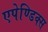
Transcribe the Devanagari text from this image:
एपेण्डिक्स